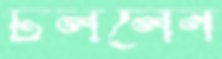
ঢললেন